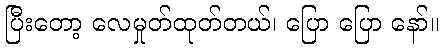
ပြီးတော့ လေမှုတ်ထုတ်တယ်၊ ပြော ပြော နော်။